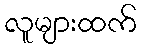
လူများထက်